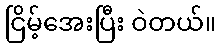
ငြိမ့်အေးပြီး ဝဲတယ်။